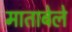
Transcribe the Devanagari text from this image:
माताबेले